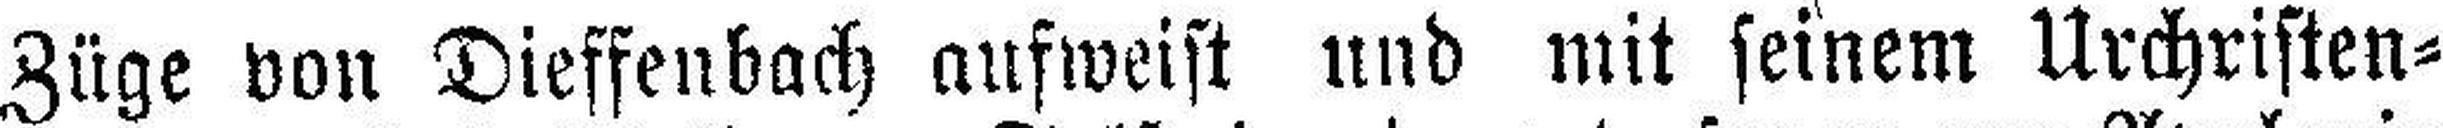
Züge von Dieffenbach aufweist und mit seinem Urchristen¬